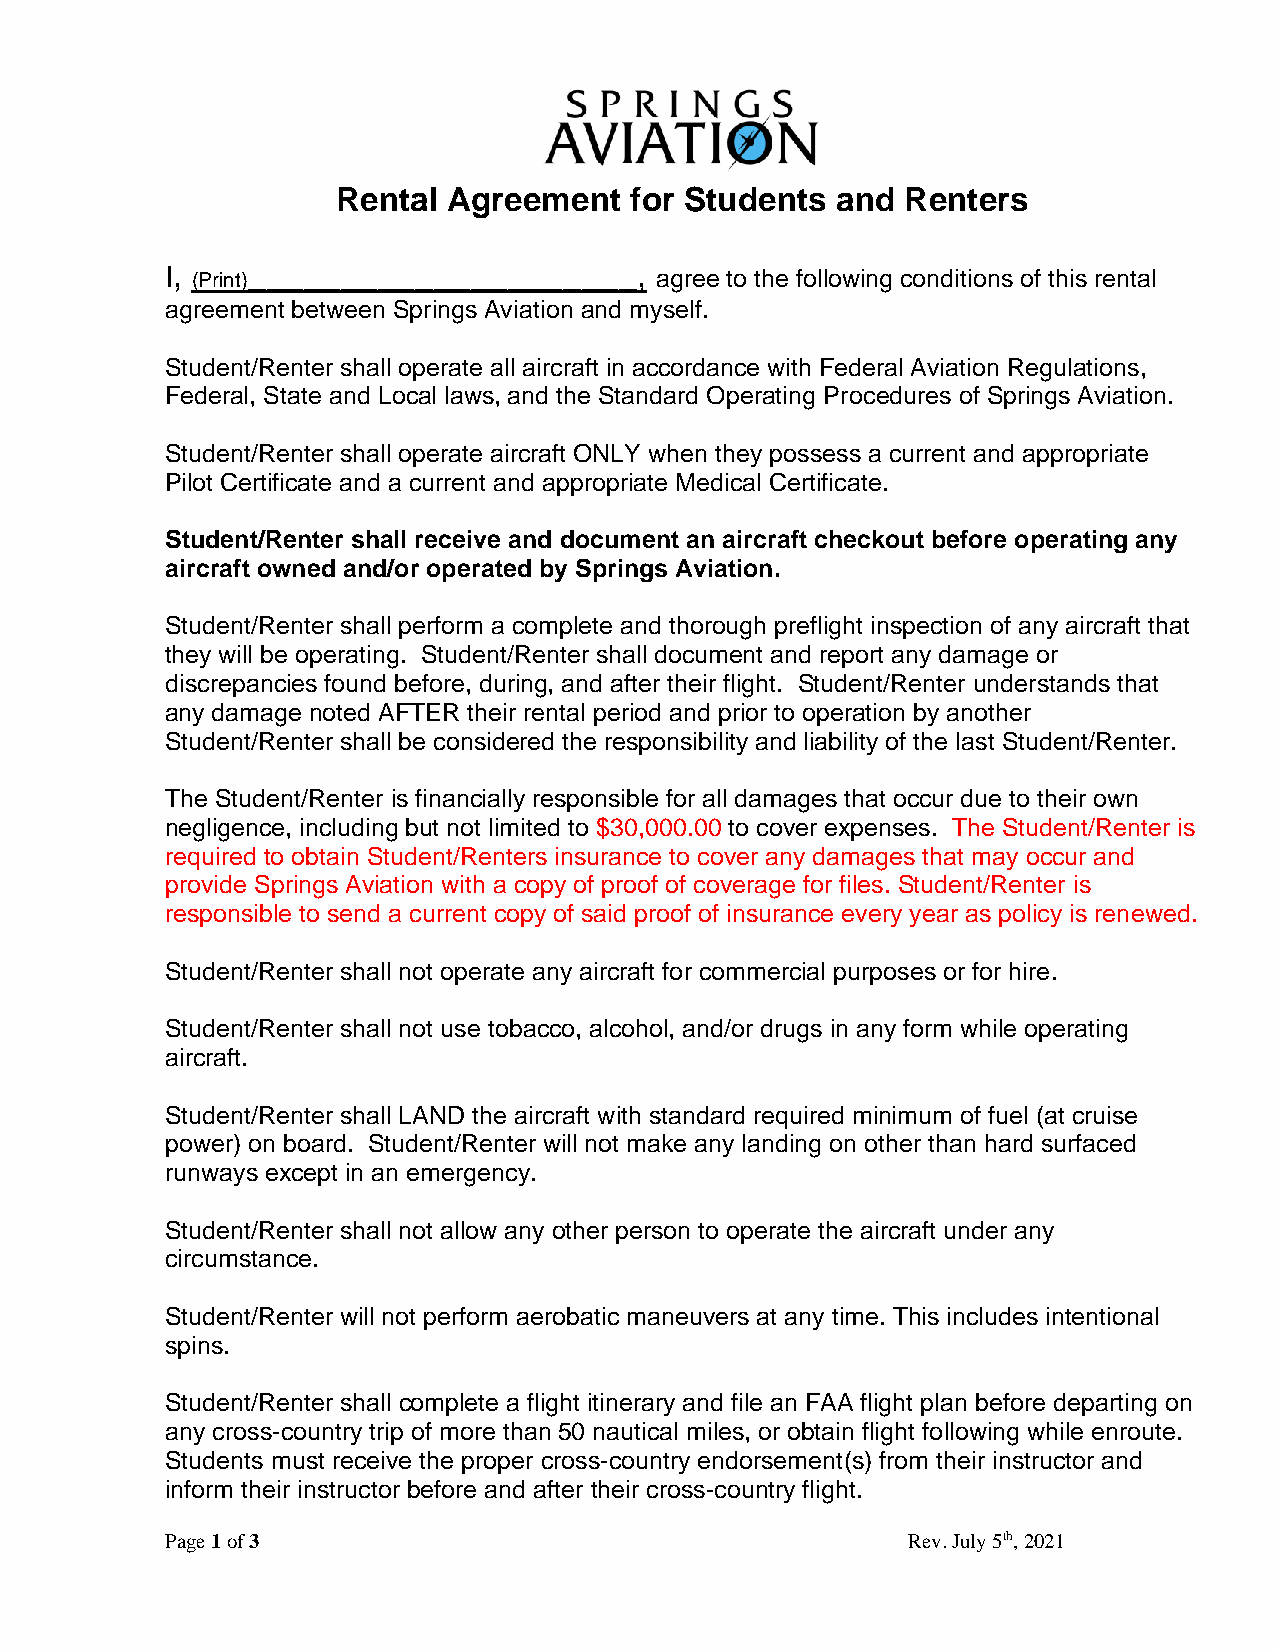
Rental  Agreement   for Students and  Renters
 I, (Print)_____________________,
 agree to the following conditions of this rental
 agreement between Springs Aviation and myself.
 Student/Renter shall operate all aircraft in accordance with Federal Aviation Regulations,
 Federal, State and Local laws, and the Standard Operating Procedures of Springs Aviation.
 Student/Renter shall operate aircraft ONLY when they possess a current and appropriate
 Pilot Certificate and a current and appropriate Medical Certificate.
 Student/Renter shall receive and document an aircraft checkout before operating any
 aircraft owned and/or operated by Springs Aviation.
 Student/Renter shall perform a complete and thorough preflight inspection of any aircraft that
 they will be operating. Student/Renter shall document and report any damage or
 discrepancies found before, during, and after their flight. Student/Renter understands that
 any damage noted AFTER their rental period and prior to operation by another
 Student/Renter shall be considered the responsibility and liability of the last Student/Renter.
 The Student/Renter is financially responsible for all damages that occur due to their own
 negligence, including but not limited to $30,000.00 to cover expenses. The Student/Renter is
 required to obtain Student/Renters insurance to cover any damages that may occur and
 provide Springs Aviation with a copy of proof of coverage for files. Student/Renter is
 responsible to send a current copy of said proof of insurance every year as policy is renewed.
 Student/Renter shall not operate any aircraft for commercial purposes or for hire.
 Student/Renter shall not use tobacco, alcohol, and/or drugs in any form while operating
 aircraft.
 Student/Renter shall LAND the aircraft with standard required minimum of fuel (at cruise
 power) on board. Student/Renter will not make any landing on other than hard surfaced
 runways except in an emergency.
 Student/Renter shall not allow any other person to operate the aircraft under any
 circumstance.
 Student/Renter will not perform aerobatic maneuvers at any time. This includes intentional
 spins.
 Student/Renter shall complete a flight itinerary and file an FAA flight plan before departing on
 any cross-country trip of more than 50 nautical miles, or obtain flight following while enroute.
 Students must receive the proper cross-country endorsement(s) from their instructor and
 inform their instructor before and after their cross-country flight.
 Page 1 of 3                                      Rev. July 5th, 2021